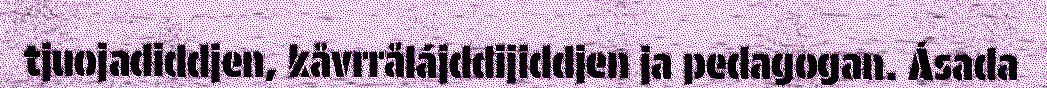
tjuojadiddjen, kåvrrålájddijiddjen ja pedagogan. Ásada